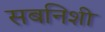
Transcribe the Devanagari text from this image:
सबनिशी